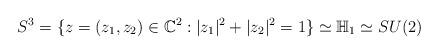
LaTeX: \begin{align*}S^3 =\{z=(z_1 , z_2) \in \mathbb{C}^2: \vert z_1 \vert^2 + \vert z_2 \vert^2 =1 \} \simeq \mathbb{H}_1 \simeq SU(2)\end{align*}